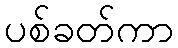
ပစ်ခတ်ကာ